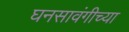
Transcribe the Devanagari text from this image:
घनसावंगीच्या